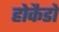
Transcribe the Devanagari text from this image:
होकैडो